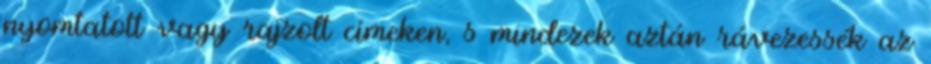
nyomtatott vagy rajzolt címeken, s mindezek aztán rávezessék az